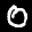
Label: 0